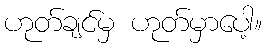
ဟုတ်ချင်မှ ဟုတ်မှာပေါ့။